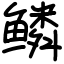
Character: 鳞